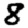
Digit: 8